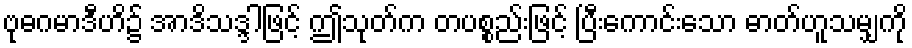
ဗုဓဂမာဒီဟိ၌ အာဒိသဒ္ဒါဖြင့် ဤသုတ်က တပစ္စည်းဖြင့် ပြီးကောင်းသော ဓာတ်ဟူသမျှကို